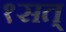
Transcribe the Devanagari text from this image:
१सत्